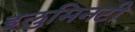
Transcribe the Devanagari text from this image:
इलुमिनटी